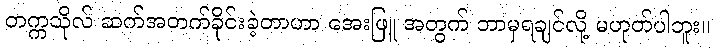
တက္ကသိုလ် ဆက်အတက်ခိုင်းခဲ့တာဟာ အေးဖြူ အတွက် ဘာမှရချင်လို့ မဟုတ်ပါဘူး။